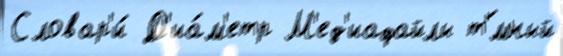
Словар'и́ Д'иа́м'етр М'ед'иафайлы т'́мный